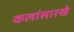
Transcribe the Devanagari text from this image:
कलांसारखे